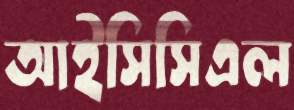
আইসিসিএল